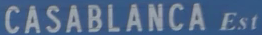
CASABLANCA Est